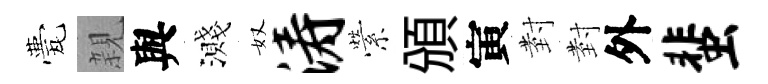
甍親與濺奴涛縈頒寅𭔹𭔹外蜚